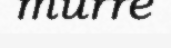
murre